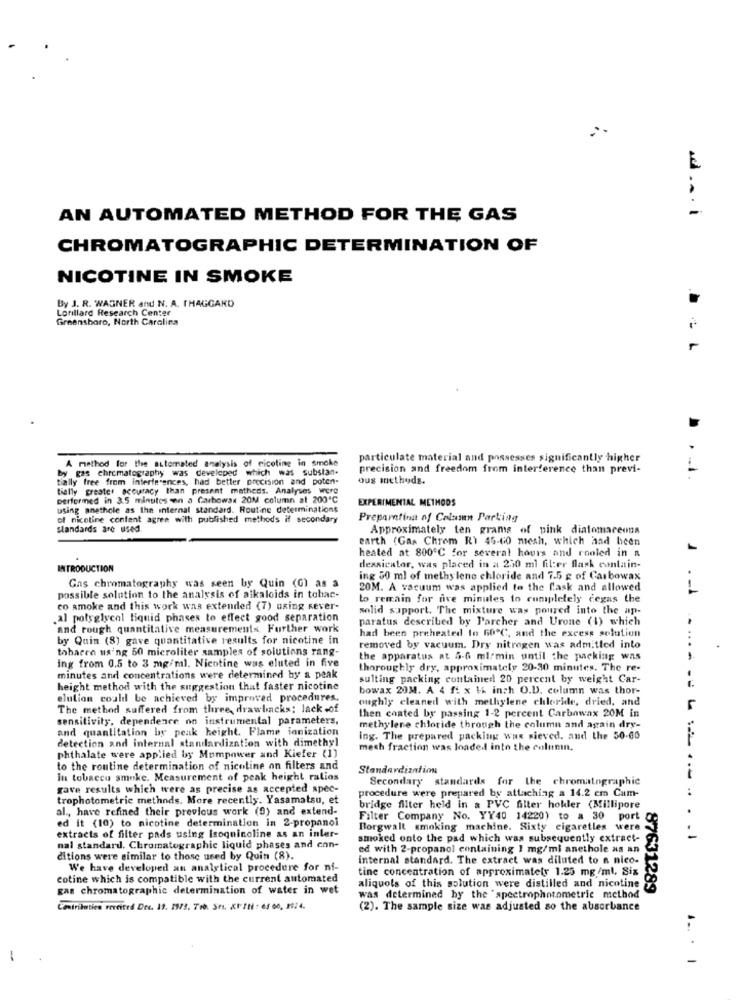
..... i
AN AUTOMATED METHOD FOR THE GAS
CHROMATOGRAPHIC DETERMINATION OF
NICOTINE IN SMOKE
By J. R. WAGNER and N. A. (HAGGARD
Lorillard Research Center
Greensboro, North Carolina
particulate material and possesses significantly higher
by gas chromatography was developed which was substan-
A method for the automated analysis of nicotine in smoke
precision and freedom from interference than previ-
tially free from interferences, had better precision and poten-
ous methods.
tially greater accuracy than present matheds. Analyses were
performed in 3.5 minutes son a Carbowax 20M column at 200℃
EXPERIMENTAL METHODS
using anethele as the internal standard. Routine determinations
of nicotine content agree with published methods if secondary
Preparatinut of Column Parking
standards are used.
Approximately ten grams of pink diatomaceous
earth (Gas Chrom R) 45-60 mesh, which had been
heated at 800℃ for several hours and rooled in a
INTRODUCTION
dessicator, was placed in a 250 ml filter flask contain-
ing 50 ml of methy lene chloride and 7.5 g of Carbowax
Gas chromatography was seen by Quin (G) as a
20M. A vacuum was applied to the flask and allowed
possible solution to the analysis of alkaloids in tobac-
to remain for five minutes to completely cegas the
co smoke and this work was extended (7) using rever-
solid support. The mixture was poured into the ap-
al polyglycol liquid phases to effect good separation
paratus described by P'archer and Urone (1) which
and rough quantitative measurements Further work
had been preheated to 60ºC, and the excess solution
by Quin (8) gave quantitative results for nicotine in
tabacco using 50 microliter samples of solutions rang-
removed by vacuum. Dry nitrogen was admitted into
ing from 0.5 to 3 mg/ml. Nicotine was eluted in five
the apparatus at 5-6 ml/min until the packing was
thoroughly dry, approximately 20-30 minutes. The re-
minutes and concentrations were determined by a peak
sulting packing contained 20 percent by weight Car-
height method with the suggestion that faster nicotine
bowax 20M. A 4 fi x 16 inch O.D. column was thor-
elution could be achieved by improved procedures.
oughly cleaned with methylene chloride, dried, and
The method suffered from three, drawbacks: lack of
then coated by passing 1-2 percent Carbawax 20M in
sensitivity, dependence on instrumental parameters,
and quantitation by peak height. Flame ionization
methylene chloride through the column and again dry-
detection and internal standardization with dimethyl
ing. The prepared packing was sieved, and the 50-60
mech fraction was loaded into the columnin,
phthalate were applied by Mumpower and Kiefer (1)
to the routine determination of nicoline on filters and
Standardization
In tobacco smoke. Measurement of peak height ratios
Secondary standards for the chromatographic
gave results which were as precise as accepted spec-
procedure were prepared by attaching a 14.2 cm Cam-
trophotometric methods. More recently. Yasamatsu, et
al ., have refined their previous work (0) and extend-
bridge filter held in a PVC filter hohler (Millipore
ed it (10) to nicotine determination in 2-propanol
Filter Company No. YY40 14220) to a 30 port
Borgwalt smoking machine. Sixty cigaretles were
extracts of filter pads using Isogninoline as an inler-
smoked onto the pad which was subsequently extract-
. . 1
nal standard. Chromatographie liquid phases and con-
ed with 2-propanol containing 1 mg/ml anethole as an
8763
ditions were similar to those used by Quin (8).
internal standard. The extract was diluted to a nico.
We have developed an analytical procedure for nf-
tine concentration of approximately 1.25 mg/ml, Six
cotine which is compatible with the current automated
gas chromatographic determination of water in wet
aliquots of this solution were distilled and nicotine
was determined by the "spectrophotometrie method
Contributiea vercited Dec. 19. 1973. Tro. Sti. XIII : 63 60, 1024.
(2). The sample size was adjusted so the absorbance
... .